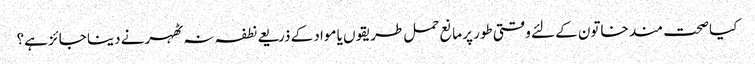
کیا صحت مند خاتون کے لئے وقتی طور پر مانع حمل طریقوں یا مواد کے ذریعے نطفہ نہ ٹھہرنے دینا جائز ہے؟